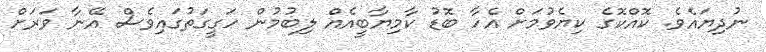
ނުދިޔައެވެ. ކޮއްކޮގެ ކިޔެވުމަށް އެހާ ބޮޑު ކާމިޔާބީއެއް ލިބުމުން ހަގީގަތުގައިވެސް އޭނާ ވަރަށް